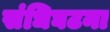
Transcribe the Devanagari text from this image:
संधिघटना